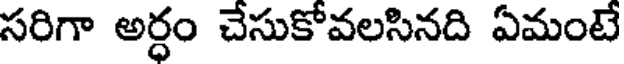
సరిగా అర్ధం చేసుకోవలసినది ఏమంటే